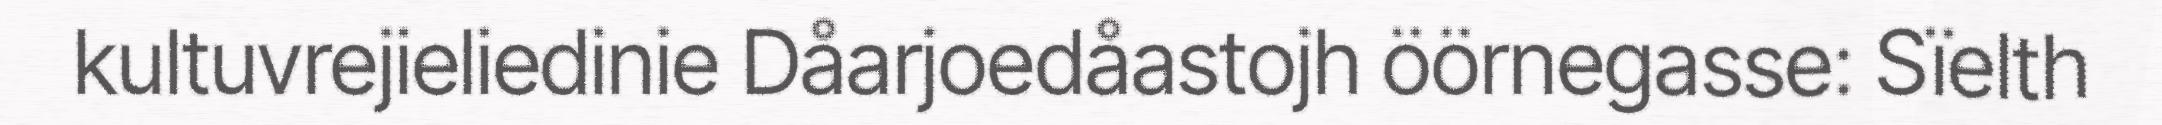
kultuvrejieliedinie Dåarjoedåastojh öörnegasse: Sïelth